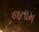
જતામ